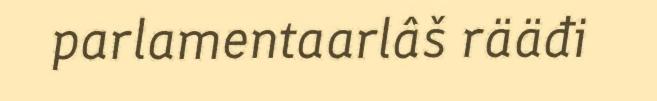
parlamentaarlâš rääđi